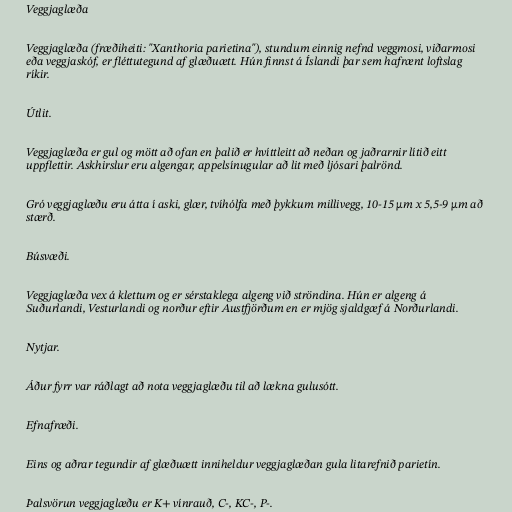
Veggjaglæða

Veggjaglæða (fræðiheiti: "Xanthoria parietina"), stundum einnig nefnd veggmosi, viðarmosi
eða veggjaskóf, er fléttutegund af glæðuætt. Hún finnst á Íslandi þar sem hafrænt loftslag
ríkir.

Útlit.

Veggjaglæða er gul og mött að ofan en þalið er hvíttleitt að neðan og jaðrarnir lítið eitt
uppflettir. Askhirslur eru algengar, appelsínugular að lit með ljósari þalrönd.

Gró veggjaglæðu eru átta í aski, glær, tvíhólfa með þykkum millivegg, 10-15 µm x 5,5-9 µm að
stærð.

Búsvæði.

Veggjaglæða vex á klettum og er sérstaklega algeng við ströndina. Hún er algeng á
Suðurlandi, Vesturlandi og norður eftir Austfjörðum en er mjög sjaldgæf á Norðurlandi.

Nytjar.

Áður fyrr var ráðlagt að nota veggjaglæðu til að lækna gulusótt.

Efnafræði.

Eins og aðrar tegundir af glæðuætt inniheldur veggjaglæðan gula litarefnið parietín.

Þalsvörun veggjaglæðu er K+ vínrauð, C-, KC-, P-.